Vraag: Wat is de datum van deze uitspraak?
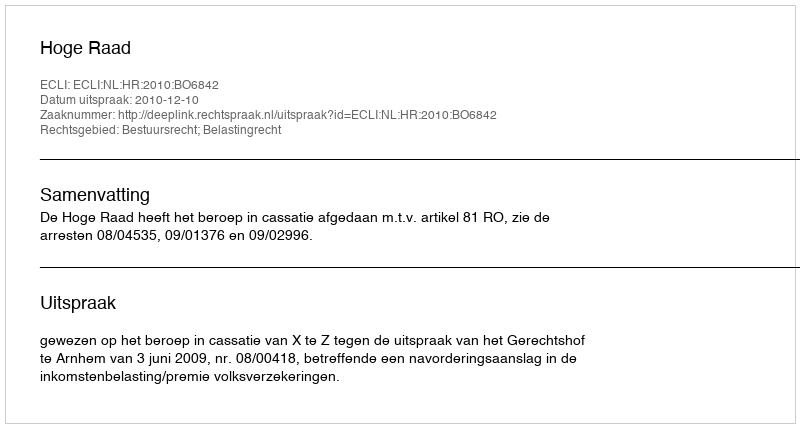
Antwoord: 2010-12-10